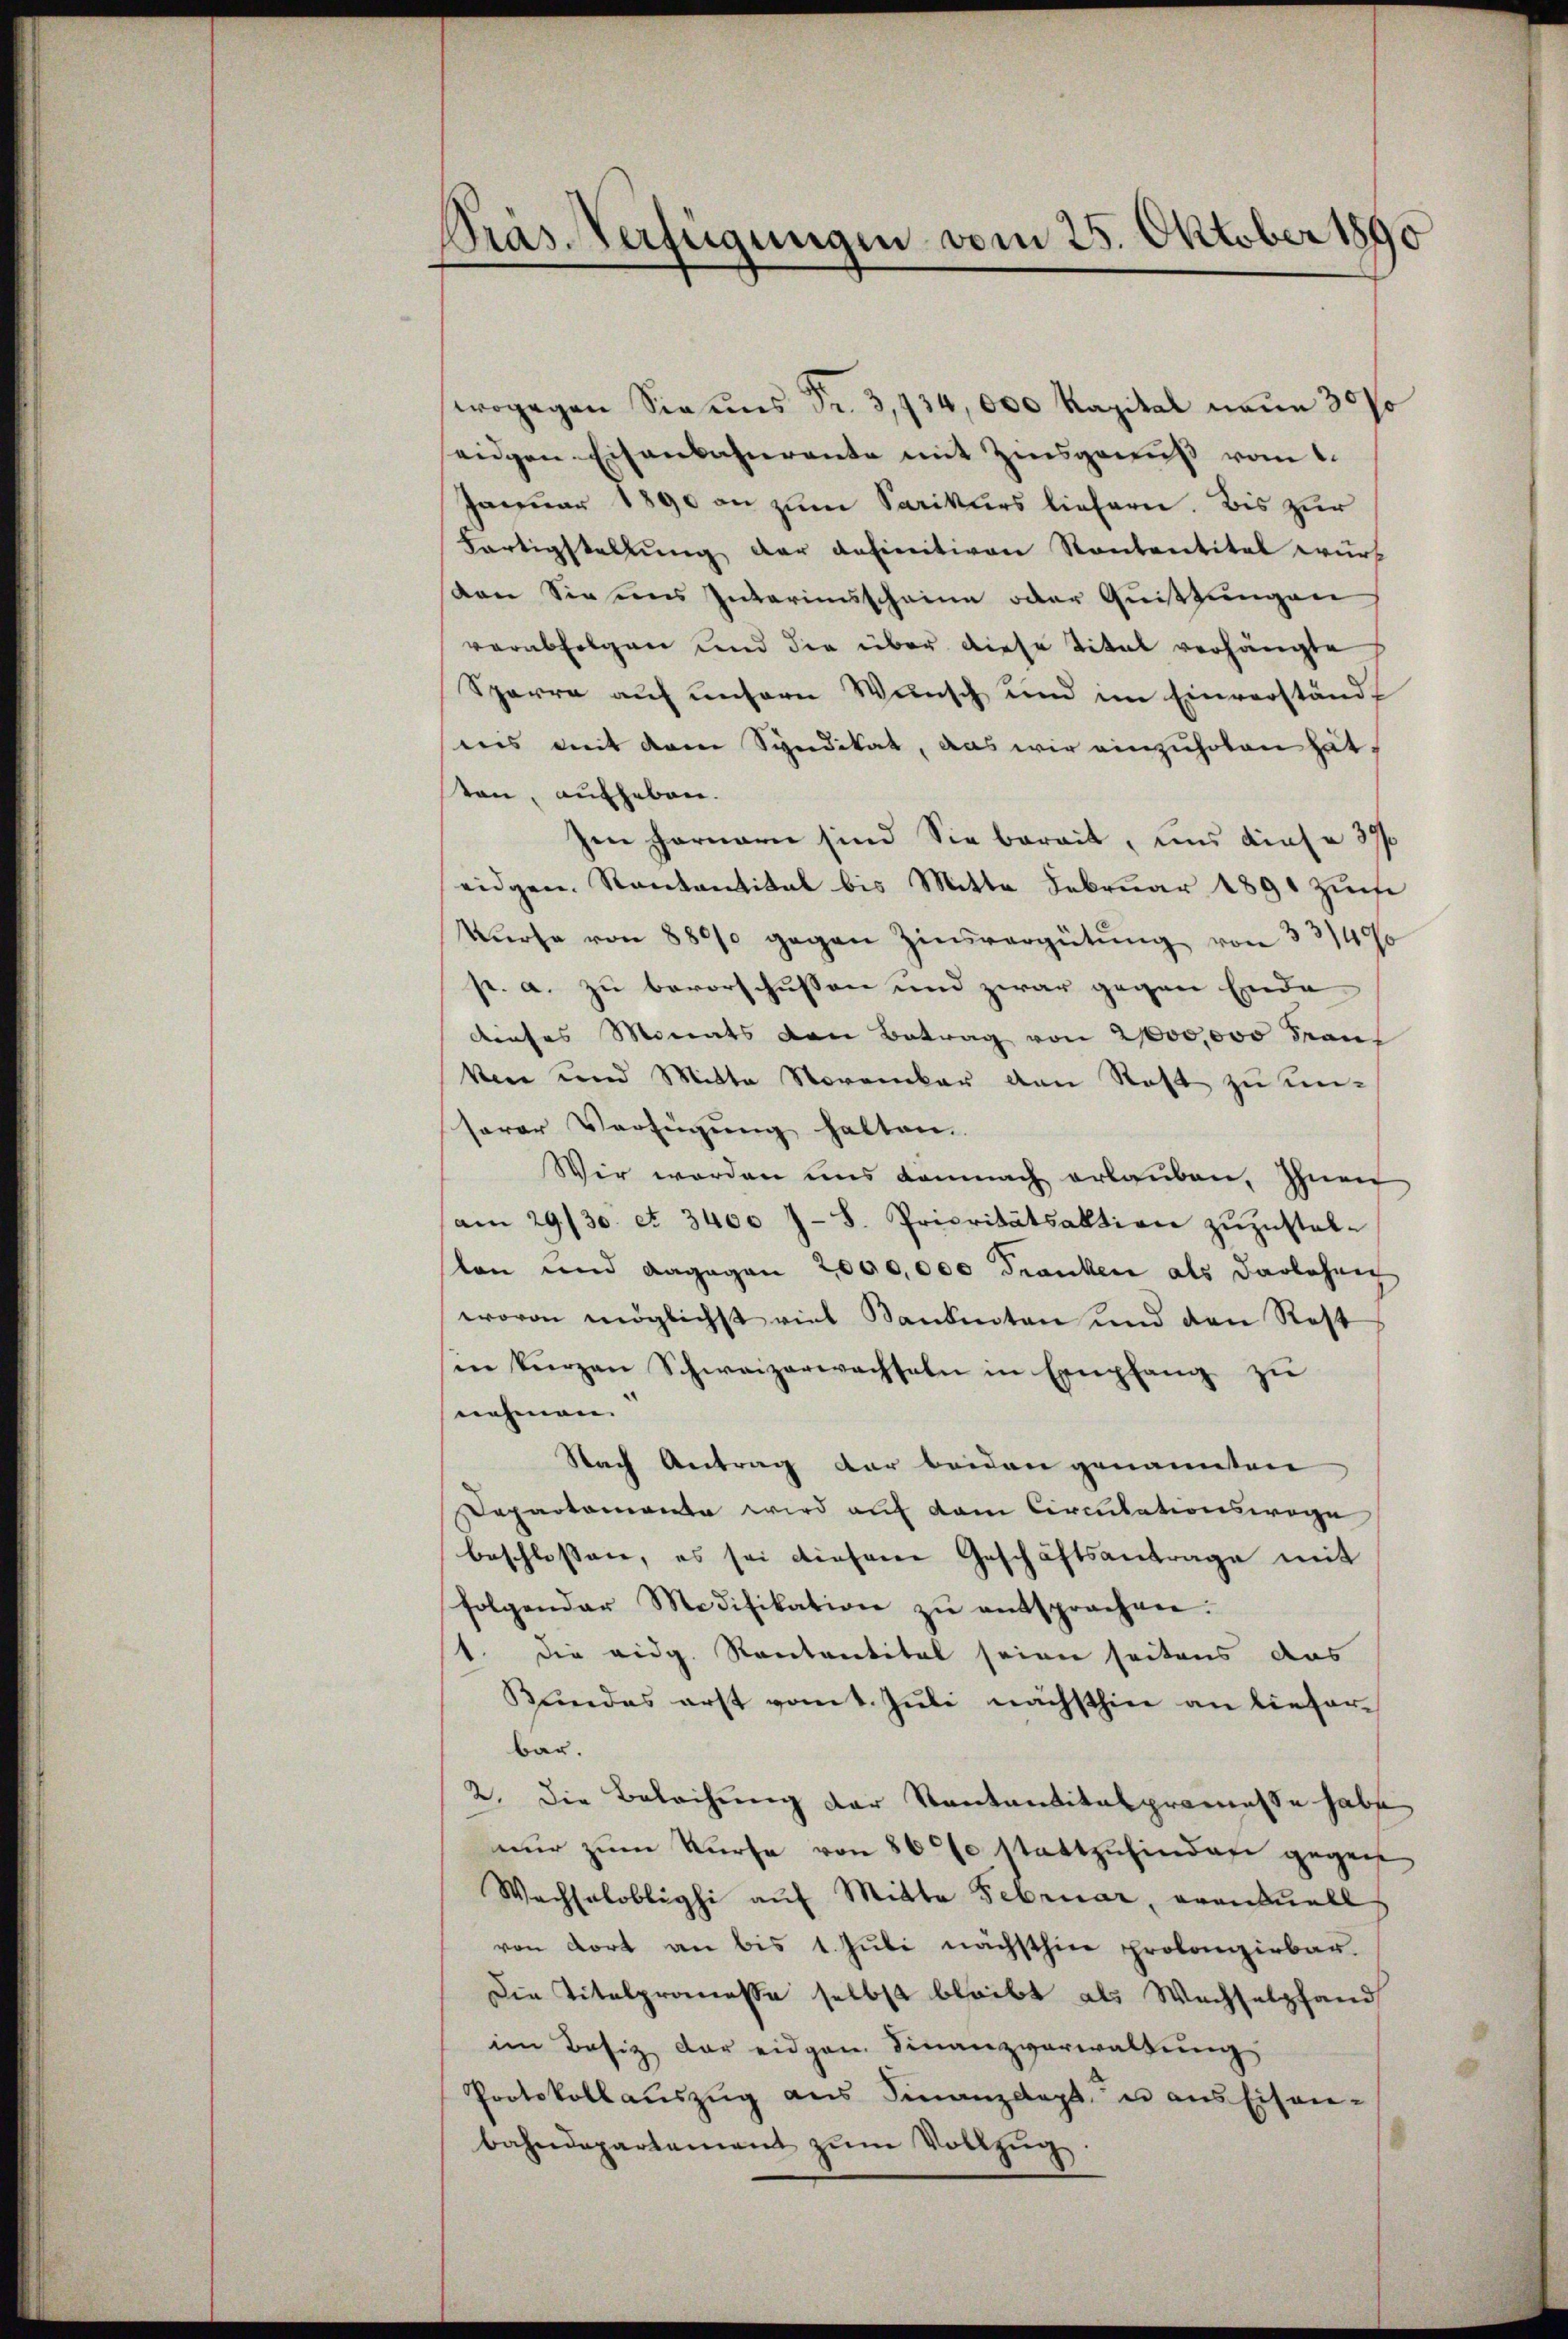
Pras-Verfügungen vom 25. Oktober 1890

wogegen Sie uns Fr. 3,934,000 Kapital neun 30%
eiden Eisenbahnrente mit Zinsgenuß vom 1.
Januar 1890 an zum Sarikurs liefern. Bis zur
Fartigstellung der definitiven Kantentital wurvon Sie uns Interimsscheine oder Quittungen
verabfolgen und die über diese Titel verhängte
Sparre auf unsern Wunsch und im Einverständ
nis mit dem Syndikat, das wir einzuholen hätten, aufgeben.
zen Fornern sind Sie bereit, uns diese 37/
eidgen. Kantantital bis Mitte Februar 1891 Zinse
kurse von 8800 gegen Zinsvergütŭng von 33,400
p. a. zu bevorschüssen und zwar gegen Ende
dieses Monats von Betrag von 2000,000 Franz
Ven und Mitta November den Rest zu unserer Verfügung halten.
Wir werden uns demnach erlauben, Ihnen
am 29./30. et. 3400 7-8. Prioritätsaktion zŭzŭstel-
lon und dagegen 2000,000 Franken als Darlehrig
wovon möglichst viel Kanknoten und den Rest
in kurzen Schweizerwachseln in Empfang zu
nehmen.
Nach Antrag der beiden genannten
Departemente wird auf dem Circulationswege
beschlossen, es sei diesem Geschäftsantrage mit
folgender Modifikation zŭ entsprochen.
1. die eidg. Kontantitel seien seitens das
Kundes erst vom 1. Juli nächsthin an lieferbar.
2. Die Beleihung der Kantantitalpromesse habe
nur zum Kurse von 800 stattzufinden gegen,
Wachsaloblighi auf Mitta Februar, eventuell
von dort an bis 1. Juli nächsthin prolonzirbar.
Die Titelpromesse selbst bleibt als Wachselzhand
im Besiz der eidgen. Finanzverwaltŭng
Protokollaŭszŭg ans Finanzdept. u aus Eisen-
bahndepartement zŭm Vollzŭg.